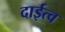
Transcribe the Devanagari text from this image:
दाईत्व